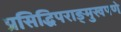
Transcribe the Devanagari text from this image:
प्रसिद्धिपराङ्‌मुखपणे